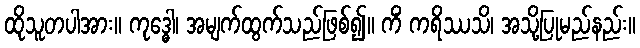
ထိုသူတပါအား။ ကုဒ္ဓေါ၊ အမျက်ထွက်သည်ဖြစ်၍။ ကိံ ကရိဿသိ၊ အသို့ပြုမည်နည်း။